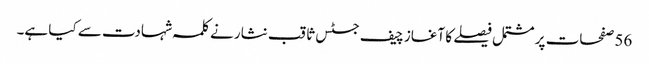
56 صفحات پر مشتمل فیصلے کا آغاز چیف جسٹس ثاقب نثار نے کلمہ شہادت سے کیا ہے۔